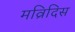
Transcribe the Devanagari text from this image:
मव्रिदिस